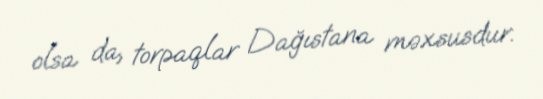
olsa da, torpaqlar Dağıstana məxsusdur.